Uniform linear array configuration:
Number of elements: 16
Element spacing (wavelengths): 0.25
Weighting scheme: hamming
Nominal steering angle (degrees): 30
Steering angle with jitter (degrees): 28.599
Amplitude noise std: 0.05
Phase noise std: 0.05

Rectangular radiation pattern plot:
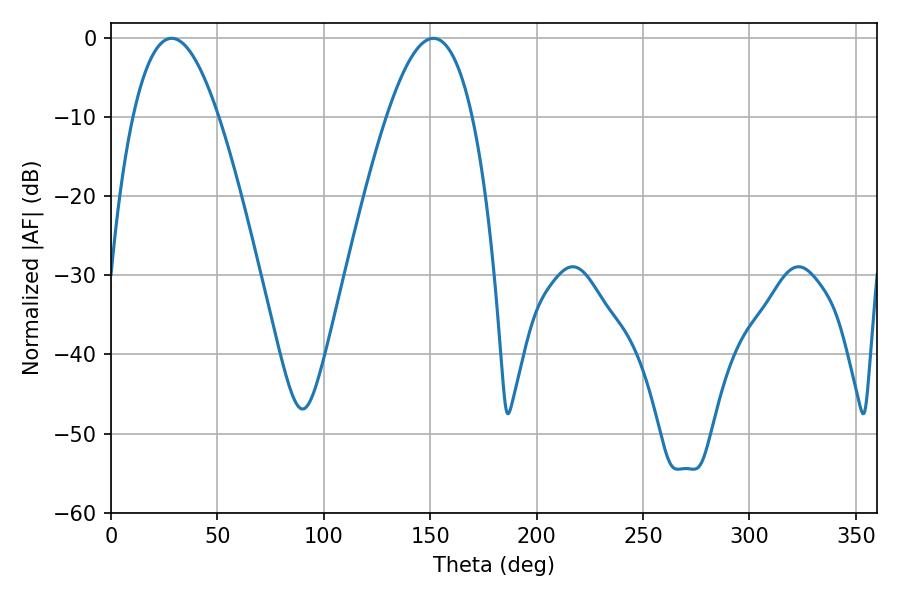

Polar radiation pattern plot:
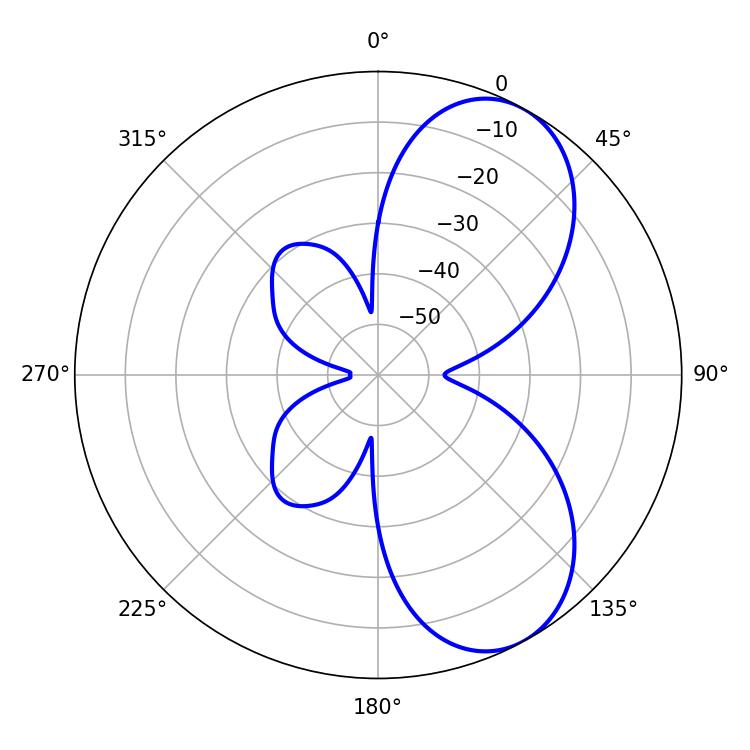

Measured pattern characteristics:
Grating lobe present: FALSE
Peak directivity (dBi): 6.945
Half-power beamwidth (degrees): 22.14
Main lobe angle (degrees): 28.44